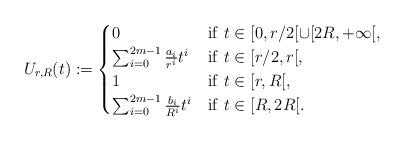
LaTeX: \begin{align*}U_{r,R}(t):=\begin{cases}0 & {\rm if\ } t\in[0,r/2[\cup[2R,+\infty[,\\\sum_{i=0}^{2m-1}\frac{a_i}{r^i} t^i & {\rm if\ } t\in[r/2,r[,\\1 & {\rm if\ } t\in[r,R[,\\\sum_{i=0}^{2m-1}\frac{b_i}{R^i} t^i & {\rm if\ } t\in[R,2R[.\end{cases}\end{align*}